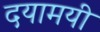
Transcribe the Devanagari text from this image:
दयामयी